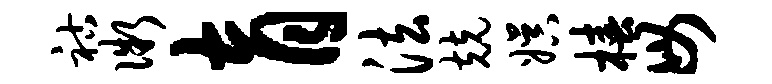
祜微育法兢娱椿毋